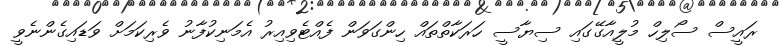
ރައީސް ސޯލިހް މުލީއާގޭގައި ސިޔާސީ ހަރަކާތްތައް ހިންގަވަން ފެއްޓެވިއިރު އެމަނިކުފާނު ވެރިކަމަށް ވަޑައިގެންނެވީ